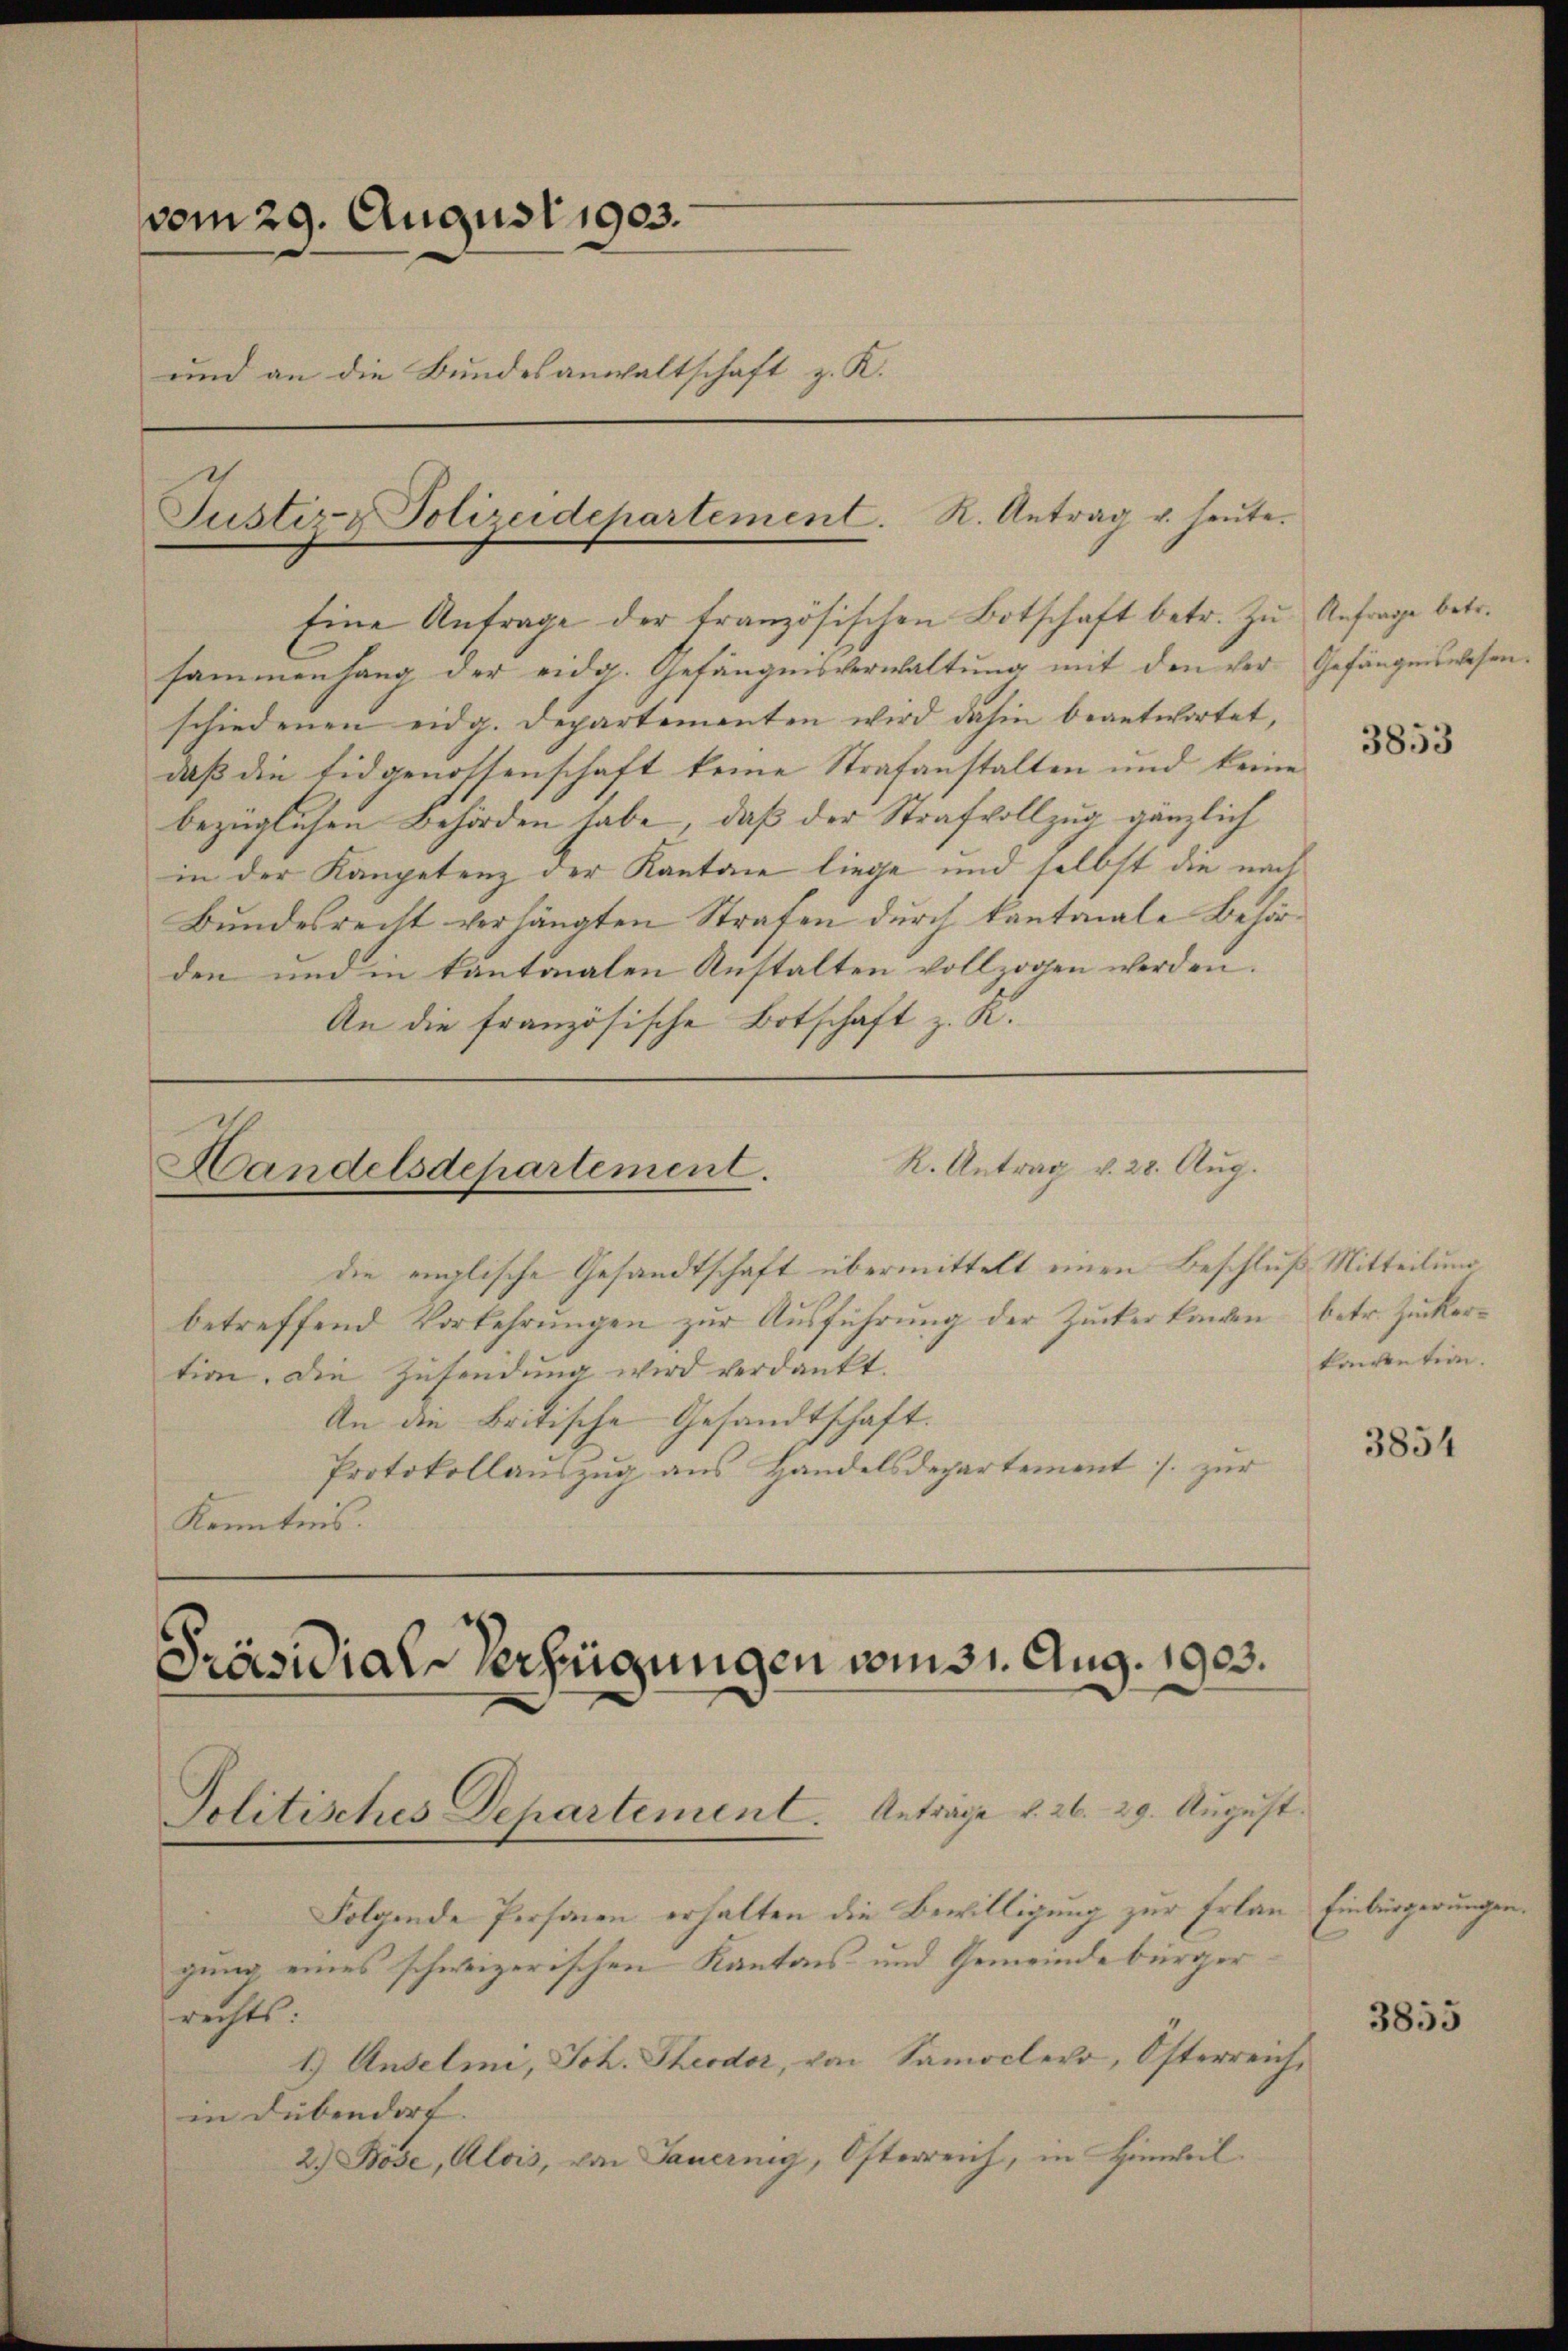
vom 29. August 1903.
und an die Bundesanwaltschaft z. K.
Justiz & Polizeidepartement. K. Antrag u. heute.

Eine Anfrage der französischen Botschaft betr. Zu Anfrage betr.

sammenhang der eidg. Gefängnisverwaltung mit den ver- Gefängniswesen
schiedenen eidg. Departementen wird dahin beantwortet,
daß die Eidgenossenschaft keine Strafanstalten und keine
bezüglichen Behörden habe, daß der Strafvollzug gänzlich
in der Kompetenz der Kanton liege und selbst die nach
Bundesrecht verhängten Strafen durch kantonale Behörden und in kantonalen Anstalten vollzogen werden.
An die französische Botschaft z. K.

Handelsdepartement. K. Antrag v. 28. Aŭg.
die englische Gesandtschaft übermittelt einen Beschluß Mitteilung

Präsidial-Verzeigungen vmmst. Aug. 1903.
Politisches Departement. Anträge v. 26. 29. August.
Folgende Personen erhalten die Bewilligung zur Erlan¬

betreffend Vorkehrŭngen zŭr Aŭsführŭng der Zucker kanten betr. Zucker-
tion. Die Zusendung wird verdankt.
An die Britische Gesandtschaft.
Protokollauszug aus Handelsdepartement J. zur
Kenntnis.

gung eines schweizerischen Kantons und Gemeindebürger
richts.
1.) Andelmi, Joh. Theodor, von Samoclero, Österreichin Dübendorf. |
2.) Böse, Alois, von Sauernig, Österreich, in Hinweil.

3853

konvention.

3854

Einbürgerungen

3855